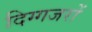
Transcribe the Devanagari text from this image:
दिग्गजरों